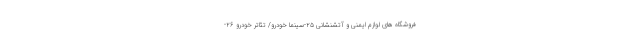
فروشگاه های لوازم ایمنی و آتشنشانی ۲۵-سینما خودرو/ تئاتر خودرو ۲۶-